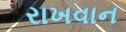
રાખવાન